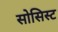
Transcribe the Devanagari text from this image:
सोसिस्ट